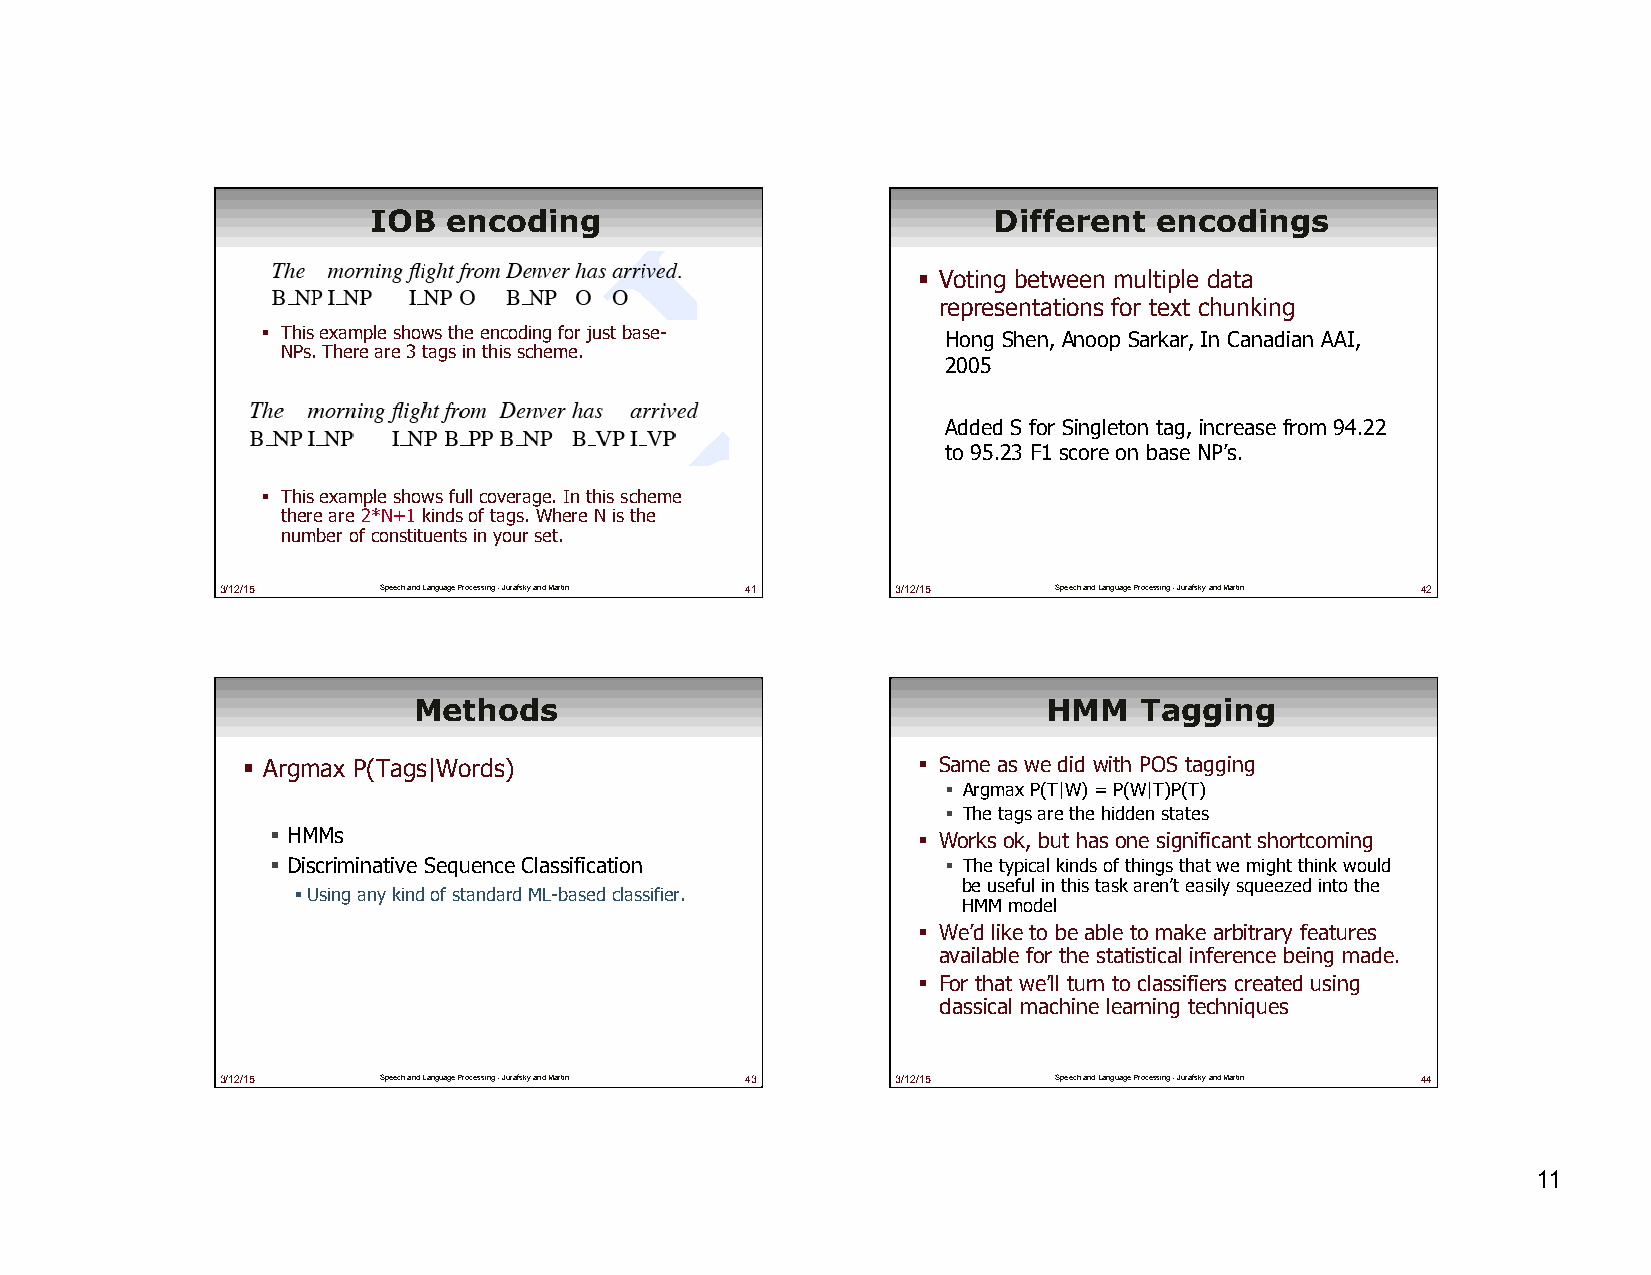
IOB  encoding                            Different  encodings
 ! Voting between multiple data
 representations for text chunking
 ! This example shows the encoding for just base- Hong Shen, Anoop Sarkar, In Canadian AAI,
 NPs. There are 3 tags in this scheme.
 2005
 Added S for Singleton tag, increase from 94.22
 to 95.23 F1 score on base NP’s.
 ! This example shows full coverage. In this scheme
 there are 2*N+1 kinds of tags. Where N is the
 number of constituents in your set.
 3/12/15   Speech and Language Processing - Jurafsky and Martin 41 3/12/15 Speech and Language Processing - Jurafsky and Martin 42
 Methods                                   HMM   Tagging
 ! Argmax P(Tags|Words)                       ! Same as we did with POS tagging
 ! Argmax P(T|W) = P(W|T)P(T)
 ! The tags are the hidden states
 ! HMMs                                     ! Works ok, but has one significant shortcoming
 ! Discriminative Sequence Classification     ! The typical kinds of things that we might think would
 be useful in this task aren’t easily squeezed into the
 ! Using any kind of standard ML-based classifier.
 HMM model
 ! We’d like to be able to make arbitrary features
 available for the statistical inference being made .
 ! For that we’ll turn to classifiers created using
 classical machine learning techniques
 3/12/15   Speech and Language Processing - Jurafsky and Martin 43 3/12/15 Speech and Language Processing - Jurafsky and Martin 44
 11